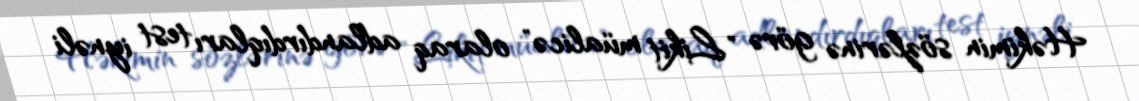
Həkimin sözlərinə görə "Likit müalicə" olaraq adlandırdıqları test iynəli